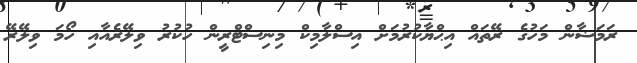
ރަމަޟާން މަހުގެ ރޭތައް އިޙްޔާކުރުމަށް އިސްލާމިކް މިިނިސްޓްރީން ހުކުރު ވިލޭރެއާއި ހޯމަ ވިލޭރޭ